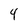
Character: 4